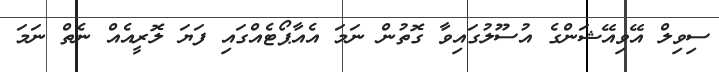
ސިވިލް އޭވިއޭޝަންގެ އުސޫލުގައިވާ ގޮތުން ނަމަ އެއާޕޯޓެއްގައި ފަޔަ ލޮރީއެއް ނެތް ނަމަ